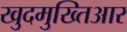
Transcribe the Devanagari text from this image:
खुदमुख्तिआर